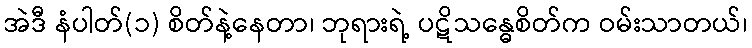
အဲဒီ နံပါတ်(၁) စိတ်နဲ့နေတာ၊ ဘုရားရဲ့ ပဋိသန္ဓေစိတ်က ဝမ်းသာတယ်၊